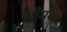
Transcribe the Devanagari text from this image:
जीमत